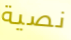
نصية